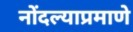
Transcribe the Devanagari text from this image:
नोंदल्याप्रमाणे